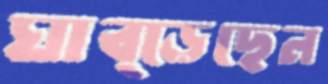
ঘাব্‌ড়েছেন